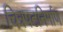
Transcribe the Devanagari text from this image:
चित्रपटनिर्माण